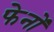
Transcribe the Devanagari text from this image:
फेनों